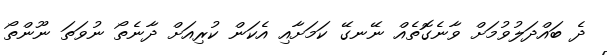
ދެ ބައްދަލުވުމަށް ވާނެގޮތެއް ނޭނގޭ ކަމަށާއި އެކަން ކުރިއަށް ދާނެތޯ ނުވަތަ ނޫންތޯ